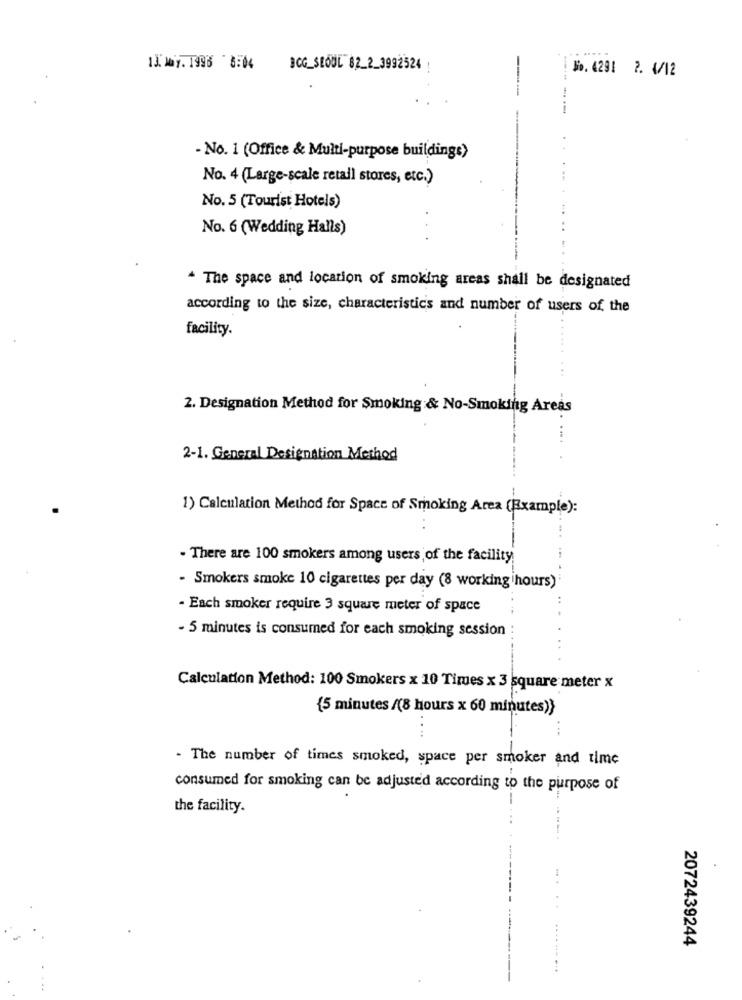
....
1]. My. 1998 8:04
BCC_SEOUL 82_2_3992524
No. 4291 2. 4/12
......
- No. 1 (Office & Multi-purpose buildings)
No. 4 (Large-scale retail stores, etc.)
No. 5 (Tourist Hotels)
No. 6 (Wedding Halls)
The space and location of smoking areas shall be designated
according to the size, characteristics and number of users of, the
facility.
2. Designation Method for Smoking & No-Smoking Areas
2-1. General Designation Method
1) Calculation Method for Space of Smoking Area (Example):
- There are 100 smokers among users of the facility
- Smokers smoke 10 cigarettes per day (8 working hours)
- Each smoker require 3 square meter of space
- 5 minutes is consumed for each smoking session
Calculation Method: 100 Smokers x 10 Times x 3 square meter x
{5 minutes /(8 hours x 60 minutes)}
- The number of times smoked, space per smoker and time
consumed for smoking can be adjusted according to the purpose of
the facility.
---
2072439244